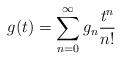
LaTeX: \begin{align*}g(t)=\sum_{n=0}^{\infty}g_{n}\frac{t^{n}}{n!}\end{align*}